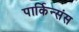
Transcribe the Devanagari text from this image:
पार्किन्संस